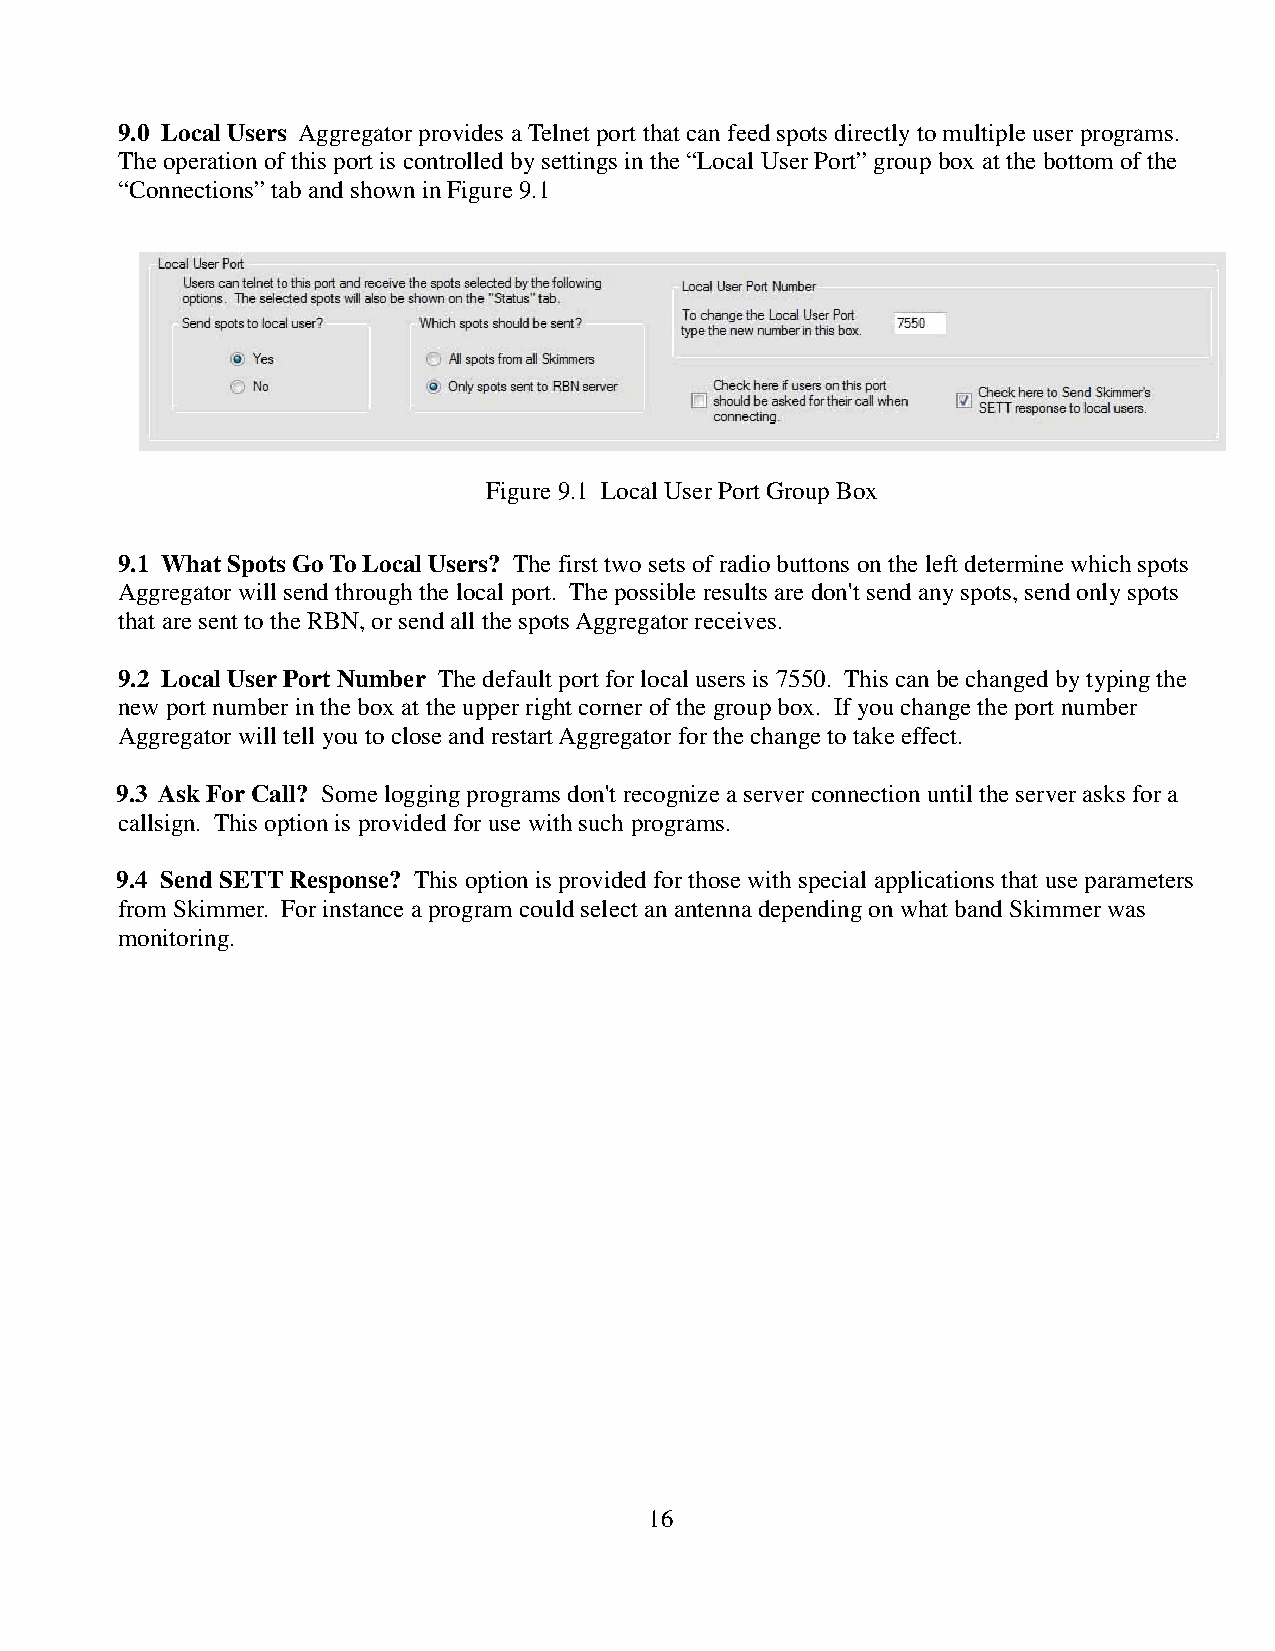
9.0 Local Users Aggregator provides a Telnet port that can feed spots directly to multiple user programs.
 The operation of this port is controlled by settings in the “Local User Port” group box at the bottom of the
 “Connections” tab and shown in Figure 9.1
 Figure 9.1 Local User Port Group Box
 9.1 What Spots Go To Local Users? The first two sets of radio buttons on the left determine which spots
 Aggregator will send through the local port. The possible results are don't send any spots, send only spots
 that are sent to the RBN, or send all the spots Aggregator receives.
 9.2 Local User Port Number The default port for local users is 7550. This can be changed by typing the
 new port number in the box at the upper right corner of the group box. If you change the port number
 Aggregator will tell you to close and restart Aggregator for the change to take effect.
 9.3 Ask For Call? Some logging programs don't recognize a server connection until the server asks for a
 callsign. This option is provided for use with such programs.
 9.4 Send SETT Response? This option is provided for those with special applications that use parameters
 from Skimmer. For instance a program could select an antenna depending on what band Skimmer was
 monitoring.
 16